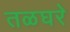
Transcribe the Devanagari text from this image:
तळघरे